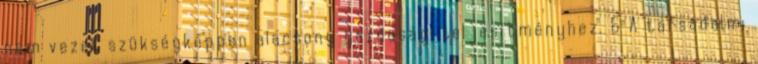
nem vezet szükségképpen alacsony gazdasági teljesítményhez. 6 A társadalmi